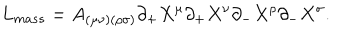
LaTeX: L _ { m a s s } = A _ { ( \mu \nu ) ( \rho \sigma ) } \partial _ { + } X ^ { \mu } \partial _ { + } X ^ { \nu } \partial _ { - } X ^ { \rho } \partial _ { - } X ^ { \sigma } .